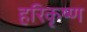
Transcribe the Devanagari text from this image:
हरिकृष्‍ण